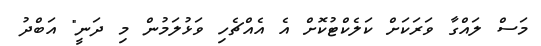
މަސް ލައްގާ ވަރަކަށް ކަލެކްޓުކޮށް އެ އެއްޗެހި ވަޅުލަމުން މި ދަނީ" އަބްދު